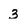
Character: 3